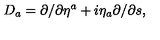
D _ { a } = \partial / \partial \eta ^ { a } + i \eta _ { a } \partial / { \partial s } ,